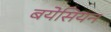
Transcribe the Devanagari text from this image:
बयेसियन